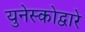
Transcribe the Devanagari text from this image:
युनेस्कोद्वारे